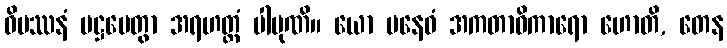
ဝိပဿနံ ပဋ္ဌပေတွာ အရဟတ္တံ ပါပုဏိ။ ယော ပနေဝံ အကတာဓိကာရော ဟောတိ, တေန